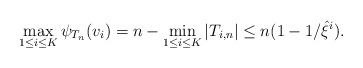
LaTeX: \begin{align*}\max_{1 \leq i \leq K} \psi_{T_n}(v_i) = n-\min_{1\leq i \leq K} |T_{i,n}| \leq n(1-1/\hat \xi^i).\end{align*}